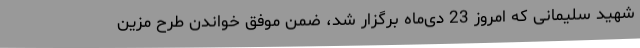
شهید سلیمانی که امروز 23 دی‌ماه برگزار شد، ضمن موفق خواندن طرح مزین